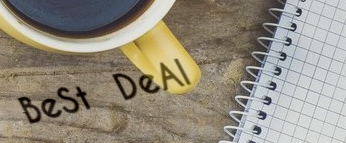
BeSt DeAl